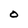
Character: O